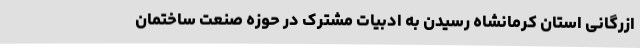
ازرگانی استان کرمانشاه رسیدن به ادبیات مشترک در حوزه صنعت ساختمان